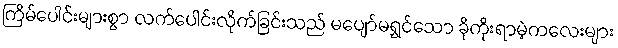
ကြိမ်ပေါင်းများစွာ လက်ပေါင်းလိုက်ခြင်းသည် မပျော်မရွှင်သော ခိုကိုးရာမဲ့ကလေးများ